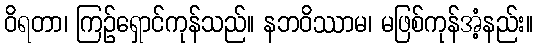
ဝိရတာ၊ ကြဉ်ရှောင်ကုန်သည်။ နဘဝိဿာမ၊ မဖြစ်ကုန်အံ့နည်း။